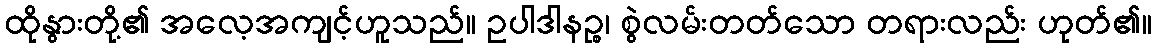
ထိုနွားတို့၏ အလေ့အကျင့်ဟူသည်။ ဥပါဒါနဉ္စ၊ စွဲလမ်းတတ်သော တရားလည်း ဟုတ်၏။